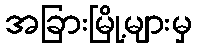
အခြားမြို့များမှ